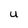
Character: U